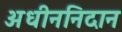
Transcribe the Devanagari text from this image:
अधीननिदान